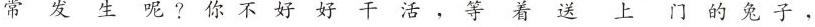
常发生呢？你不好好干活，等着送上门的兔子，